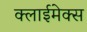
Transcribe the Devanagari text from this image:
क्लाईमेक्स